Vaccination in Burma 1900-1911 - 1900-1911
Year: 1900
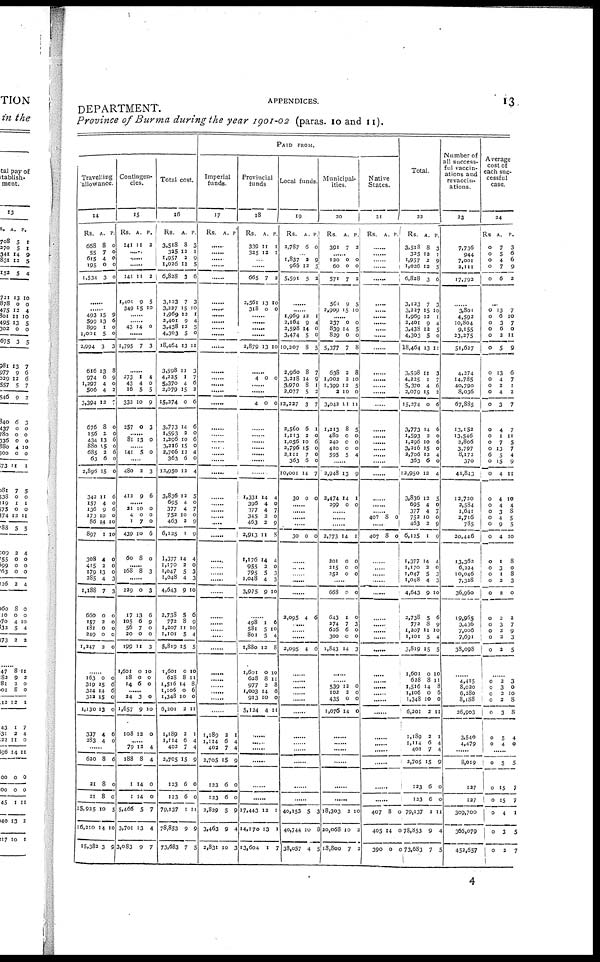
APPENDICES.
13
DEPARTMENT.
Province of Burma during the year 1901-02 (paras. 10 and 11).
Travelling
allowance.
14
Rs.
663
55
615
195
1,534
A.
8
7
4
0
3
P.
0
0
0
0
0
......
......
493
599
899
l,001
2,994
616
974
1,297
500
3,394
676
156
434
880
685
63
2,896
342
157
136
173
86
897
308
415
179
285
1,188
660
157
181
249
1,247
15
13
1
5
3
13
6
4
4
12
8
2
13
15
2
6
15
11
4
9
10
14
1
4
2
13
4
7
0
2
0
0
2
9
6
0
0
3
8
9
0
2
7
0
0
6
0
6
0
0
6
0
6
0
10
10
0
0
0
3
3
0
0
0
0
0
......
163
319
324
322
1,130
337
283
0
15
14
15
13
4
4
0
6
6
0
0
6
0
......
620
21
21
5,925
6,210
15,382
8
8
8
10
14
3
6
0
0
5
10
9
Contingen-
cies.
15
Rs.
141
A.
11
P.
2
...... ......
......
141
1,401
349
11
9
15
2
5
10
......
......
43 14 0
......
1,795 7 3
......
273
43
16
332
257
1
4
8
10
0
4
0
8
9
3
......
81 13 0
......
141
5 0
......
480
412
2
9
3
6
......
21
4
1
439
60
10
0
7
10
8
0
0
0
6
0
......
168 8 3
......
229
17
105 56
20
199
1,601
18
14
0
13
6 7
0
11
0
0
6
3
6
9
0
0
3
10
0
0
......
24
1,657
108
3
9
12
0
10
0
......
79
188
I
1
5,466
3,701
3,083
12
8
14
14
5
13
9
4
4
0
0
7
4
7
Total cost.
16
Rs.
3,518
325
1,957
1,026
6,828
3,123
3,227
1,909
2,401
3,438
4,303
18,464
3,598
4,225
5,370
2,079
15,274
3,773
1,593
1,296
3,216
2,706
363
12,950
3,836
695
377
752
463
6,125
1,377
1,170
1,047
1,048
4,643
2,738
772
1,207
1,101
5,819
1,601
628
I,516
1,106
1,348
6,201
1,189
1,114
402
2,705
123
123
79,137
78,853
73,683
A.
8
12
2
12
3
7
15
12
9
12
5
13
11
1
4
15
0
14
2
2 15
12
6
12
12
4
4
10
2
1
14
2
5
4
9
5
8 11
5
15
0
8
14
0
10
2
2
6 7
15
6
6
1
9
7
P.
3
1
9
5
6
3
10
1
4
5
0
11
3
7
6
2
6
6
0
0
0 4
6
4
5
0
7
0
9
9
4
0
3
3
10
6
9
10
4
5
10
11
8
0 0
11
1
4
4
9
0
0
11
9
5
PAID FROM.
Imperial
funds.
17
Rs. A. P.
......
......
......
......
.........
......
......
......
......
......
......
......
......
......
......
......
......
...
......
......
......
......
......
......
......
......
......
......
......
......
......
......
......
......
......
......
......
......
......
......
......
......
......
1,189
1,114
402
2,705
123
123
2,829
3,463
2,831
2
6 7
15
6
6
5
9
10
1
4
4
9
0
0
9
4
3
Provincial
funds
18
Rs.
339
325
A.
11
12
P.
1
1
......
......
665
2,561
318
7
13
0
2
10
0
......
......
......
......
2,879 13 10
......
4 0 0
......
......
4 0 0
......
......
......
......
......
......
1,331
396
377
345
463
2,913
1,176
955
795
1,048
3,975
14
4
4
2
2
11
14
2
5
4
9
4
0
7
0
9
8
4
0
3
3
10
......
498
581
801
1,880
1,601
628
977
1,003
913
5,124
1
5
5
12
0
8
2
14
10
4
6 10
4
8
10
11
8
6
0
11
......
......
......
......
......
......
17,443
14,170
13,604
12
13
1
1
1
7
Local funds.
19
Rs.
2,787
A.
6
P.
0
......
1,837
966
5,591
2
12
5
9
5
2
......
1,969
2,164
2,598
3,474
10,207
2,960
3,218
3,970
2,077
12,237
2,560
1,113
1,056
2,796
2,111
363
10,001
30
12
9
14
5
8
8
14
8
5
3
6
2
10
15
7
6
14
0
1
4
0
0
5
7
9
1
2
7
1
0
6
0
0
0
7
0
......
......
......
......
30 0 0
......
......
......
......
......
2,095 4 6
......
......
......
2,095 4 6
......
......
......
......
......
......
......
......
......
......
......
......
40,153
40,744
38,057
5
10
4
3
8
5
Municipal-
ities.
20
Rs.
391
A.
7
P.
2
120
60
571
561
2,909
0
0
7
9
15
0
0
2
5
10
......
237
839
829
5,377
638
1,002
1,399
2
3,042
1,213
480
240
420
595
0
14
0
7
2
2
12
10
11
8
0
0
0
5
0
5
0
8
8
10
5
0
11
5
0
0
0
4
......
2,948
2,474
299
13
14
0
9
I
0
......
......
......
2,773
201
215
252
14
0
0
0
1
0
0
0
......
668
643
274
626
300
1,843
0
1
7
6
0
14
0
0
3
0
0
3
......
......
539
102
435
l,076
12
2
0
14
0
0
0
0
......
......
......
......
......
......
18,303
20,068
18,800
2
10
7
10
2
2
Native
States.
21
Rs. A. P.
......
......
......
......
......
......
......
......
......
......
...
......
......
......
......
......
......
......
......
......
......
......
......
......
......
......
407 8
0
......
407 8 0
......
......
......
......
......
......
......
......
......
......
......
......
......
......
......
......
......
......
......
......
......
407
405
390
8
14
0
0
0
0
Total.
22
Rs.
3,518
325
1,957
1,026
6,828
3,123
3,227
1,969
2,401
3,438
4,303
18,464
3,598
4,225
5,370
2,079
15,274
3,773
1,593
1,296
3,216
2,706
363
12,950
3,836
695
377
752
463
6,125
1,377
1,170
1,047
1,048
4,643
2,738
772
1,207
1,101
3,819
1,601
628
1,516
1,106
1,348
6,201
1,189
I,114
402
2,705
123
123
79,137
78,853
73,683
A.
8
12
2
12
3
7
15
12
9
12
5
13
11
1
4
15
0
14
2
10
15
12
6
12
12
4
4
10
2
I
14
2
5
4
9
5
8
11
5
15
0
8
14
0
10
2
2
6
7
15
6
6
1
9
7
P.
3
1
9
5
6
3
10
1
4
5
0
11
3
7
6
2
6
6
0
6
0
4
0
4
5
0
7
0
9
9
4
0
3
3
10
6
9
10
4
5
10
11
8
6
0
11
1
4
4
9
0
9
11
4
5
N umber of
all success-
ful vaccin-
ations and
revaccin-
ations.
23
7,736
944
7,001
2,111
17,792
......
3,801
4,592
10,804
9,155
23,275
51,627
4,274
14,785
40,790
8,036
67,885
13,152
13,546
2,806
3,797
8,172
370
41,843
12,720
2,584
1,641
2,716
785
30,446
13,362
6,224
10,046
7,328
36,960
19,965
3,436
7,006
7,691
38,098
4,415
8,020
6,280
8,188
26,903
3,540
4,479
......
8,019
127
127
309,700
366,079
452,657
Average
cost of
each suc-
cessful
case.
24
Rs.
0
0
0
0
0
A.
7
5
4
7
6
P.
3
6
6
9
2
...
0
0
0
0
0
0
0
0
0
0
0
0
0
0
0
6
0
0
0
0
0
0
0
0
0
0
0
0
0
0
0
0
0
0
13
6
3
6
2
5
13
4
2
4
3
4
1
7
13
5
15
4
4
4
3
4
9
4
1
3
1
2
2
2
3
2
2
2
7
10
7
0
11
9
6
7
1
2
7
7
11
5
7
4
9
11
10
4
8
5
5
10
8
0
8
3
0
2
7
9
3
5
......
0
0
0
0
0
0
0
2
3
2
2
3
5
4
3
0
10
8
8
4
0
......
0
0
0
0
0
0
5
15
15
4
3
2
5
7
7
1
5
7
4